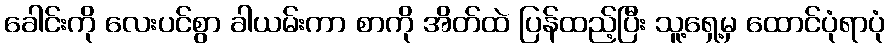
ခေါင်းကို လေးပင်စွာ ခါယမ်းကာ စာကို အိတ်ထဲ ပြန်ထည့်ပြီး သူ့ရှေ့မှ ထောင်ပုံရာပုံ